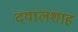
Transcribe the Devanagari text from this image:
दयालशाह